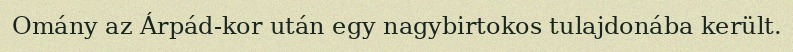
Omány az Árpád-kor után egy nagybirtokos tulajdonába került.